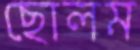
ছোলম